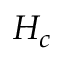
{ \cal { H } } _ { c }